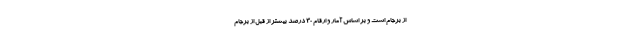
از برجام است و بر اساس آمار و ارقام ۳۰ درصد بیشتر از قبل از برجام